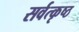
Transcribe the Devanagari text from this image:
सर्वत्कृष्ठ